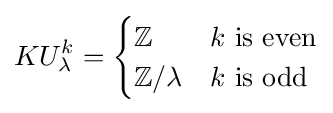
KU_{\lambda }^{k}={\begin{cases}\mathbb {Z} &k{\text{ is even}}\\\mathbb {Z} /\lambda &k{\text{ is odd}}\end{cases}}